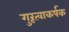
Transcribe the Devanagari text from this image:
गुरूत्वाकर्षक